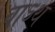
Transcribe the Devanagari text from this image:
वाऽथ